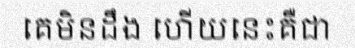
គេមិនដឹង ហើយនេះគឺជា